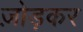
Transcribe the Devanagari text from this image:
ज़ोड़कर